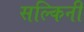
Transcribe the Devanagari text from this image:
सल्किनी